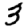
Digit: 3